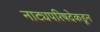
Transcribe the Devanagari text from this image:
नाट्यपरिषदेकडून